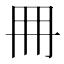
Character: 𠕋